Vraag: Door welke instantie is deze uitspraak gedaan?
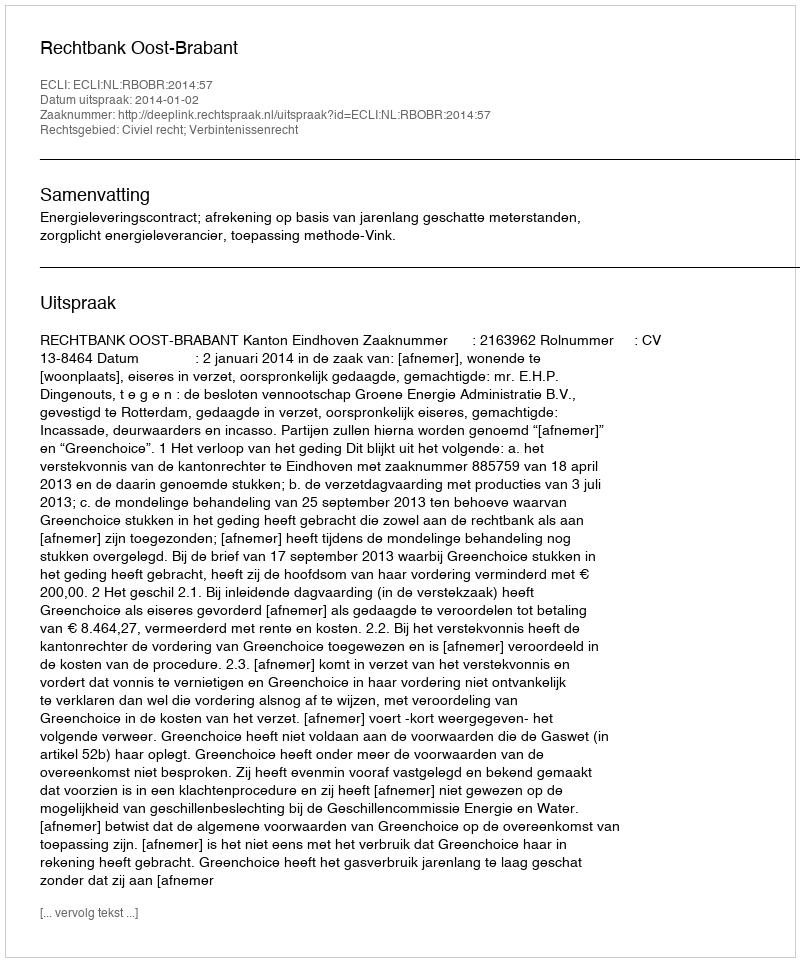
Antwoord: Rechtbank Oost-Brabant